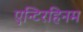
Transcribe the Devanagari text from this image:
एन्टिरहिनम